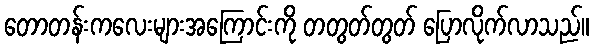
တောတန်းကလေးများအကြောင်းကို တတွတ်တွတ် ပြောလိုက်လာသည်။